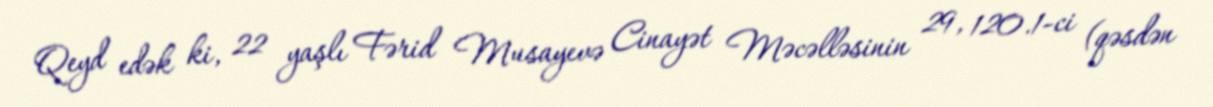
Qeyd edək ki, 22 yaşlı Fərid Musayevə Cinayət Məcəlləsinin 29, 120.1-ci (qəsdən